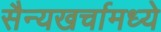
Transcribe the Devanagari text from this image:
सैन्यखर्चामध्ये